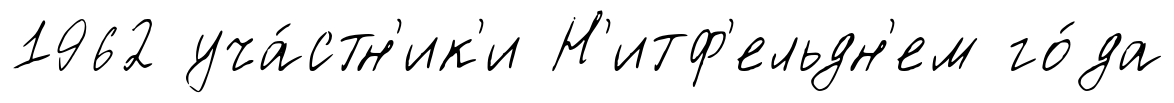
1962 уча́стн'ик'и Н'итф'ельдн'ем го́да